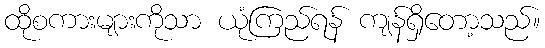
ထိုစကားများကိုသာ ယုံကြည်ရန် ကျန်ရှိတော့သည်။